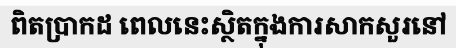
ពិតប្រាកដ ពេលនេះស្ថិតក្នុងការសាកសួរនៅ